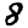
Digit: 8